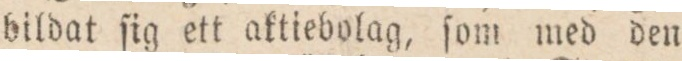
bildat ſig ett aktiebolag, ſom med den